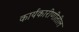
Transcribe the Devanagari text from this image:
कार्यकारीणीतील